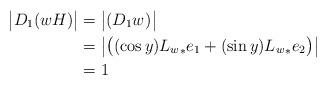
LaTeX: \begin{align*} \big| D_1(wH) \big| &= \big|(D_1 w)^{} \big| \\ &= \big| \big( (\cos{y}) {L_w}_{*} e_1 + (\sin{y}) {L_w}_{*} e_2 \big)^{} \big| \\ &= 1\end{align*}